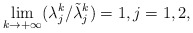
\begin{align*}\lim_{k\to +\infty}(\lambda^k_j/ \tilde{\lambda}^k_j) = 1, j = 1, 2,\end{align*}